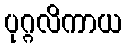
ပုဂ္ဂလိကာယ